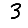
Digit: 3